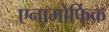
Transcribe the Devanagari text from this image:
एनामोर्फिक